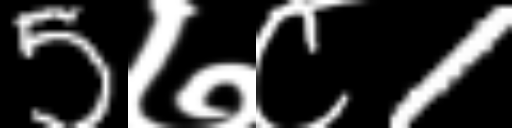
Text: 5७८1